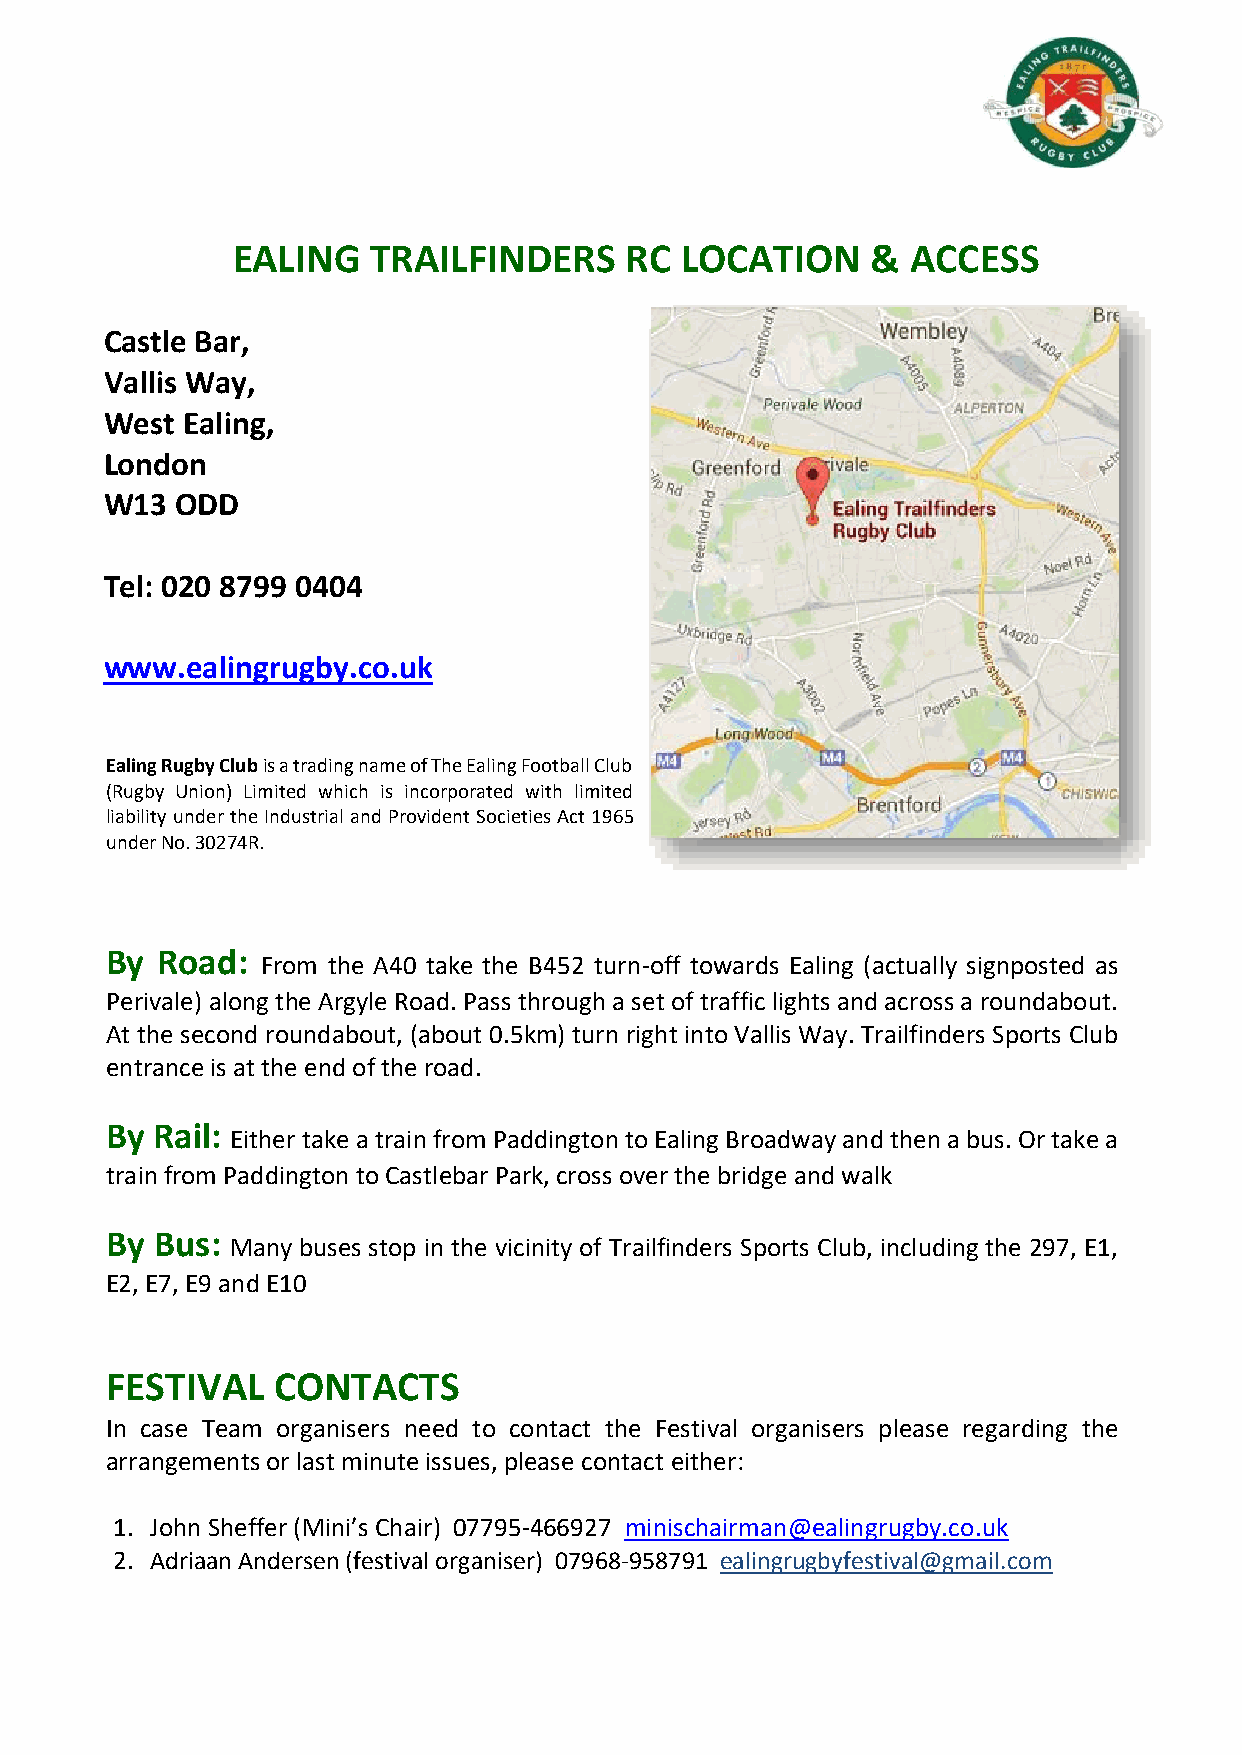
EALING    TRAILFINDERS    RC  LOCATION     & ACCESS
 Castle Bar,
 Vallis Way,
 West Ealing,
 London
 W13  ODD
 Tel: 020 8799 0404
 www.ealingrugby.co.uk
 Ealing Rugby Club is a trading name of The Ealing Football Club
 (Rugby Union) Limited which is incorporated with limited
 liability under the Industrial and Provident Societies Act 1965
 under No. 30274R.
 By Road:
 From the A40 take the B452 turn-off towards Ealing (actually signposted as
 Perivale) along the Argyle Road. Pass through a set of traffic lights and across a roundabout.
 At the second roundabout, (about 0.5km) turn right into Vallis Way. Trailfinders Sports Club
 entrance is at the end of the road.
 By Rail:
 Either take a train from Paddington to Ealing Broadway and then a bus. Or take a
 train from Paddington to Castlebar Park, cross over the bridge and walk
 By Bus:
 Many buses stop in the vicinity of Trailfinders Sports Club, including the 297, E1,
 E2, E7, E9 and E10
 FESTIVAL   CONTACTS
 In case Team organisers need to contact the Festival organisers please regarding the
 arrangements or last minute issues, please contact either:
 1. John Sheffer (Mini’s Chair) 07795-466927 minischairman@ealingrugby.co.uk
 2. Adriaan Andersen (festival organiser) 07968-958791 ealingrugbyfestival@gmail.com